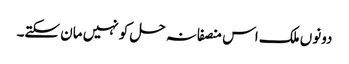
دونوں ملک اس منصفانہ حل کو نہیں مان سکتے۔